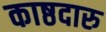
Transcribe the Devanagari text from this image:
काष्ठदारु